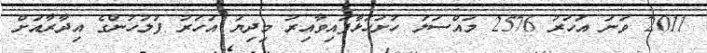
2011 ވަނަ އަހަރު 2576 މައްސަލަ ހުށަހަޅާފައިވާއިރު މިދިޔަ އަހަރު ފުލުހުންގެ އިދާރާއަށް